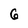
Character: 6